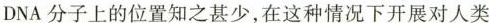
DNA分子上的位置知之甚少，在这种情况下开展对人类